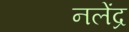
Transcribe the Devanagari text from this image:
नलेंद्र